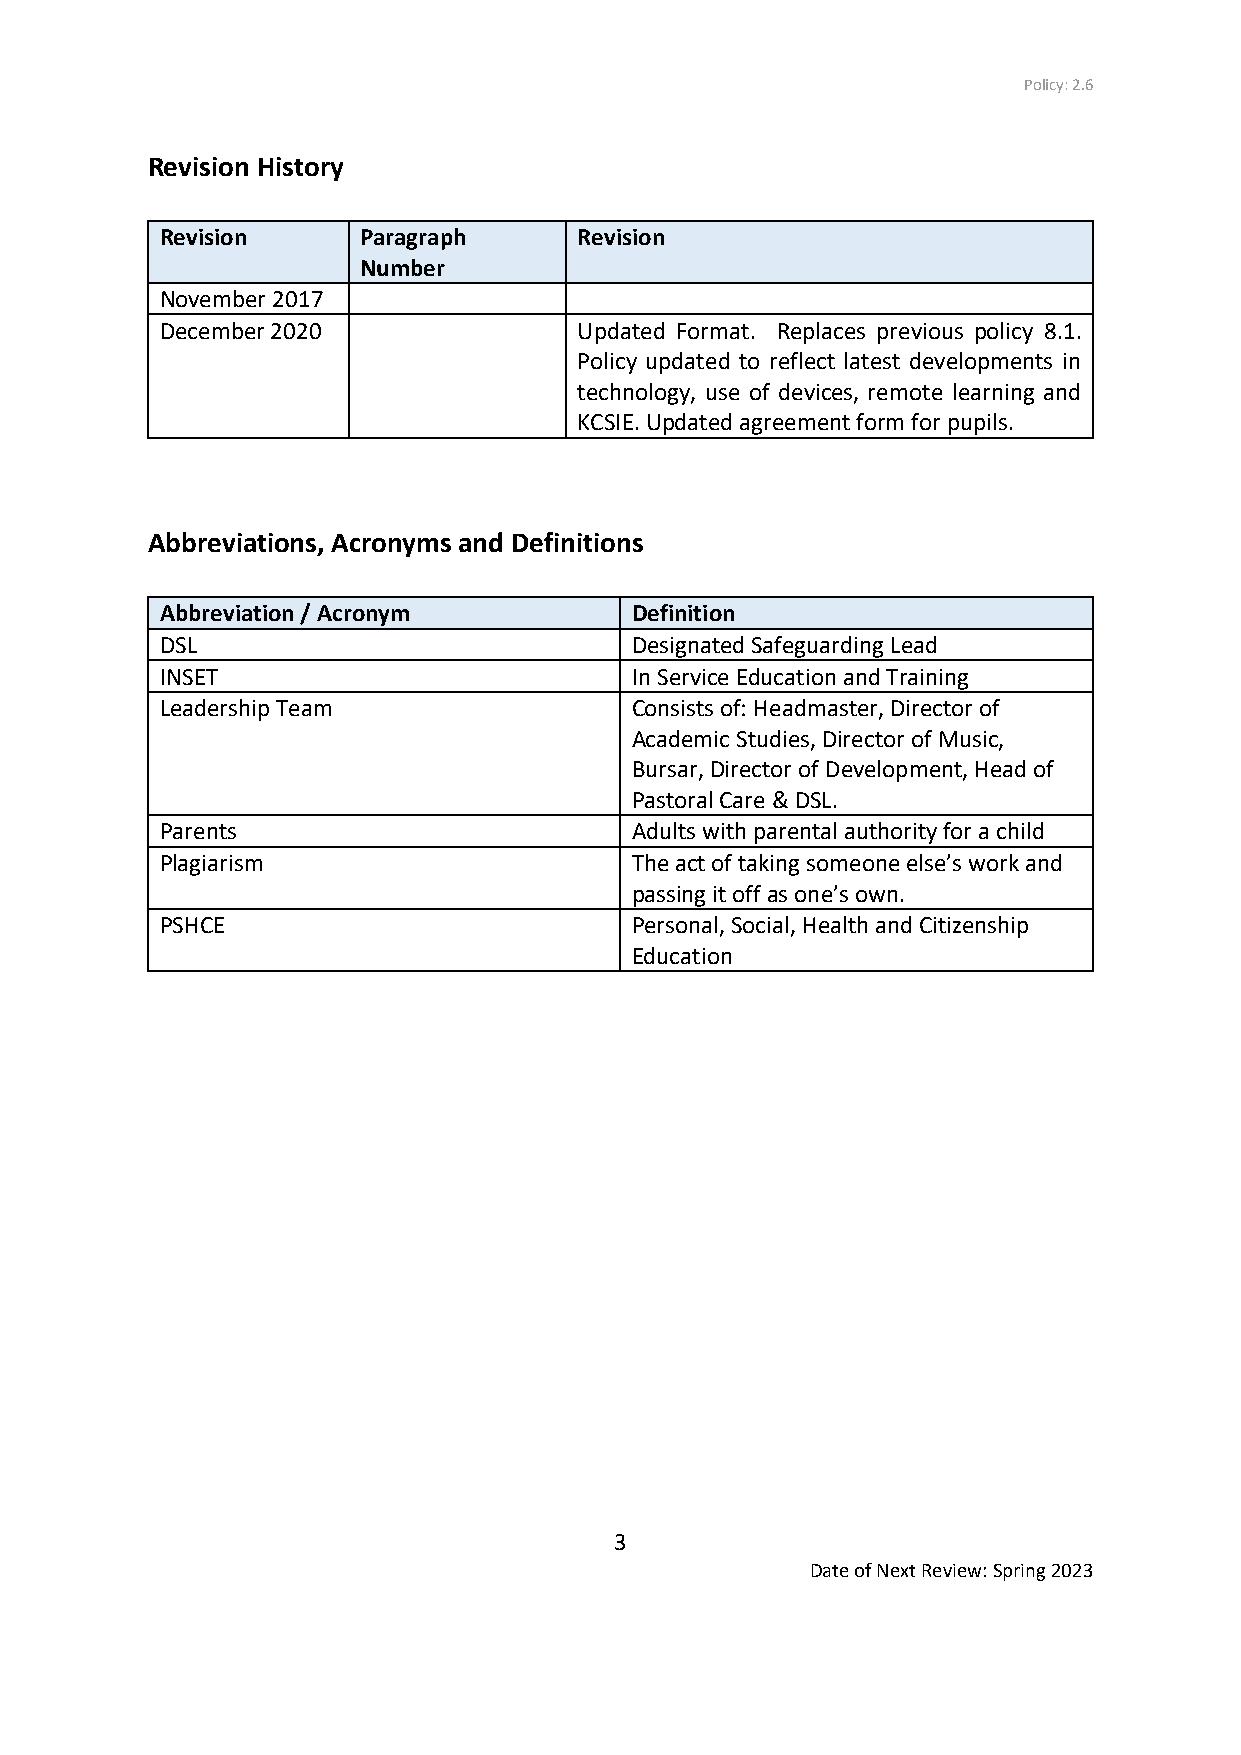
Policy: 2.6
 Revision History
 Revision     Paragraph     Revision
 Number
 November 2017
 December 2020              Updated Format. Replaces previous policy 8.1.
 Policy updated to reflect latest developments in
 technology, use of devices, remote learning and
 KCSIE. Updated agreement form for pupils.
 Abbreviations, Acronyms and Definitions
 Abbreviation / Acronym         Definition
 DSL                            Designated Safeguarding Lead
 INSET                          In Service Education and Training
 Leadership Team                Consists of: Headmaster, Director of
 Academic Studies, Director of Music,
 Bursar, Director of Development, Head of
 Pastoral Care & DSL.
 Parents                        Adults with parental authority for a child
 Plagiarism                     The act of taking someone else’s work and
 passing it off as one’s own.
 PSHCE                          Personal, Social, Health and Citizenship
 Education
 3
 Date of Next Review: Spring 2023